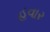
હવાર